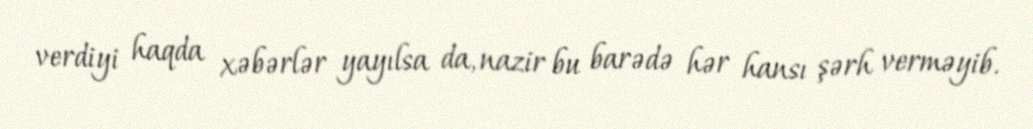
verdiyi haqda xəbərlər yayılsa da, nazir bu barədə hər hansı şərh verməyib.